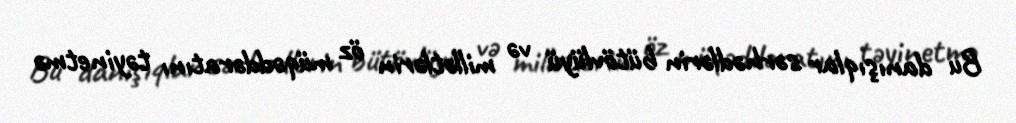
Bu danışıqlar sərhədlərin bütövlüyü və millətlərin öz müqəddəratını təyinetmə